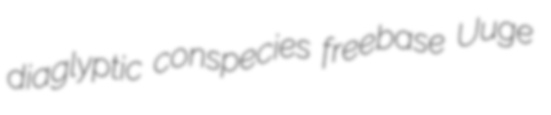
diaglyptic conspecies freebase Uuge